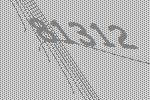
81312